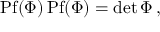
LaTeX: \mathrm { P f } ( \Phi ) \, \mathrm { P f } ( \Phi ) = \operatorname * { d e t } \Phi \, ,